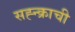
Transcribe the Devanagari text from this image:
सह्न्क्राची